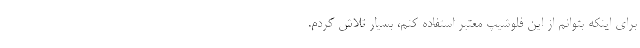
برای اینکه بتوانم از این فلوشیپ معتبر استفاده کنم، بسیار تلاش کردم.